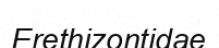
Erethizontidae